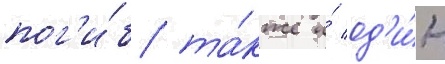
пог'и́б та́кже и́ од'и́н